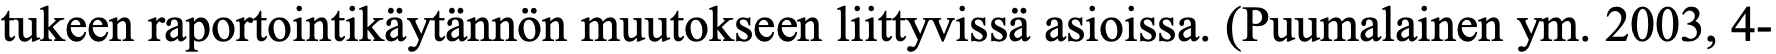
tukeen raportointikäytännön muutokseen liittyvissä asioissa. (Puumalainen ym. 2003, 4-